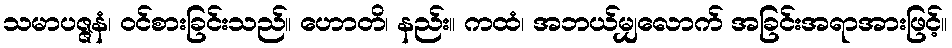
သမာပဇ္ဇနံ၊ ဝင်စားခြင်းသည်။ ဟောတိ၊ နည်း။ ကထံ၊ အဘယ်မျှလောက် အခြင်းအရာအားဖြင့်။